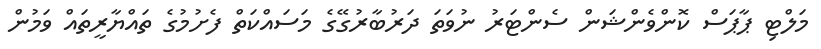
މަލްޓި ޕާޕަސް ކޮންވެންޝަން ސެންޓަރު ނުވަތަ ދަރުބާރުގޭގެ މަސައްކަތް ފެށުމުގެ ތައްޔާރީތައް ވަމުން